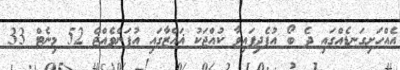
އެއްހަށިގަނޑެއްގައި ދެ ބޯ އުފެދިފައިވާ ކުއްޖަކު ޣައްޒާގައި އުފަންވެއްޖެ 52 މިނެޓް 33